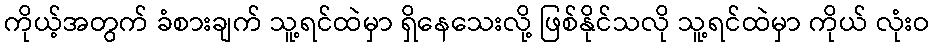
ကိုယ့်အတွက် ခံစားချက် သူ့ရင်ထဲမှာ ရှိနေသေးလို့ ဖြစ်နိုင်သလို သူ့ရင်ထဲမှာ ကိုယ် လုံးဝ